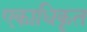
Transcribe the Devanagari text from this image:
एकाधिकृत